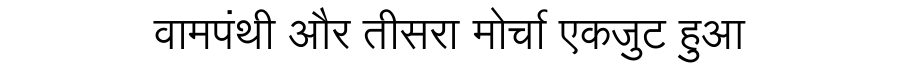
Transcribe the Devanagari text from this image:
वामपंथी और तीसरा मोर्चा एकजुट हुआ